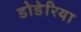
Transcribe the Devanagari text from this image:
डोडेरिया